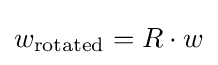
w_{\text{rotated}}=R\cdot w